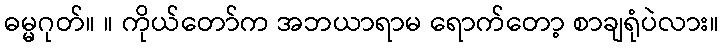
ဓမ္မဂုတ်။ ။ ကိုယ်တော်က အဘယာရာမ ရောက်တော့ စာချရုံပဲလား။